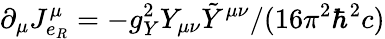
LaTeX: \partial_{\mu}J_{e_{R}}^{\mu}=-g_{Y}^{2}Y_{\mu\nu}\tilde{Y}^{\mu\nu}/(16\pi^{2}\hbar^{2}c)